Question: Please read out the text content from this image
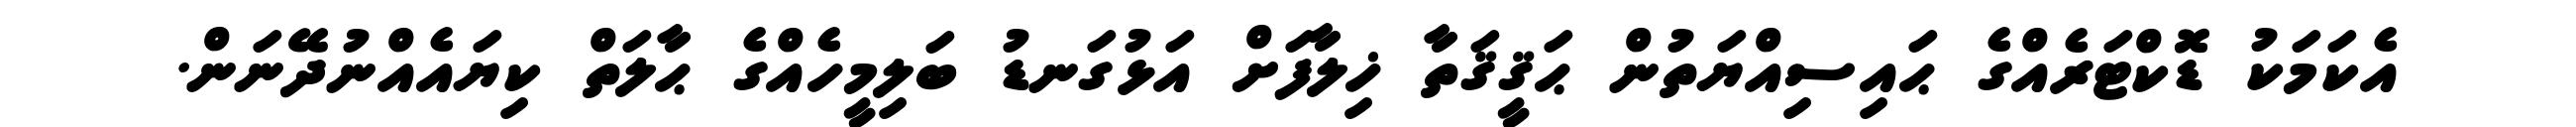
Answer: އެކަމަކު ޑޮކްޓަރެއްގެ ޙައިސިއްޔަތުން ޙަޤީޤަތާ ޚިލާފަށް އަޅުގަނޑު ބަލިމީހެއްގެ ޙާލަތް ކިޔައެއްނުދޭނަން.